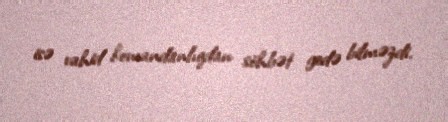
isə vahid komandanlıqdan söhbət gedə bilməzdi.